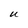
Character: U